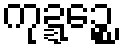
ကုဍ္ဍဉ္စေ